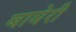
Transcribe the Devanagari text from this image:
बाघेरी